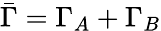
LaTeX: \bar{\Gamma}=\Gamma_{A}+\Gamma_{B}